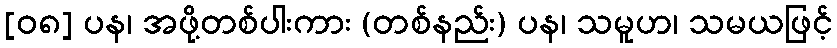
[၀၈] ပန၊ အဖို့တစ်ပါးကား (တစ်နည်း) ပန၊ သမူဟ၊ သမယဖြင့်